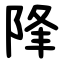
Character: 䧏